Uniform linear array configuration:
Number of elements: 8
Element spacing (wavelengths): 0.5
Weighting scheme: binomial
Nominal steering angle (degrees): -45
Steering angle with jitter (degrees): -44.903
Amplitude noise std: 0.05
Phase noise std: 0.05

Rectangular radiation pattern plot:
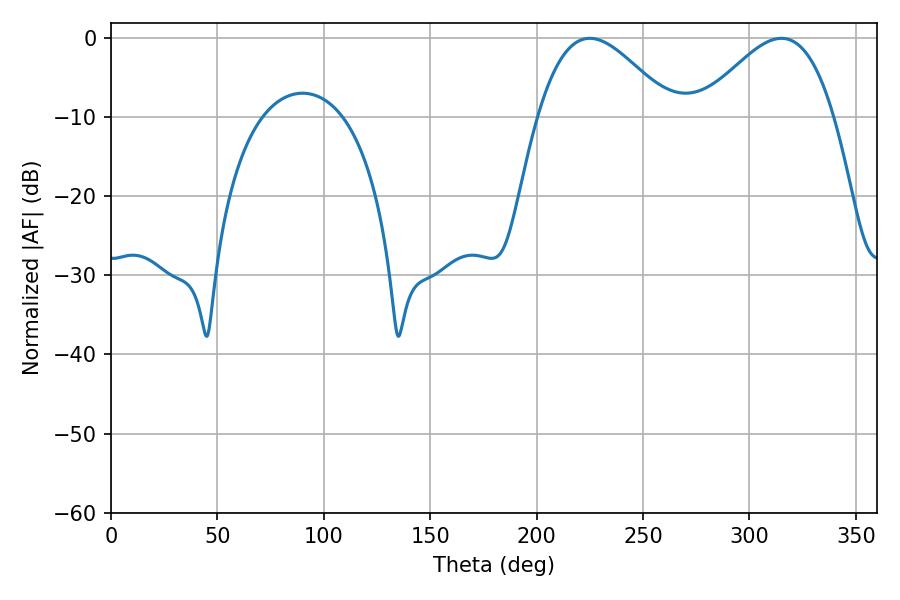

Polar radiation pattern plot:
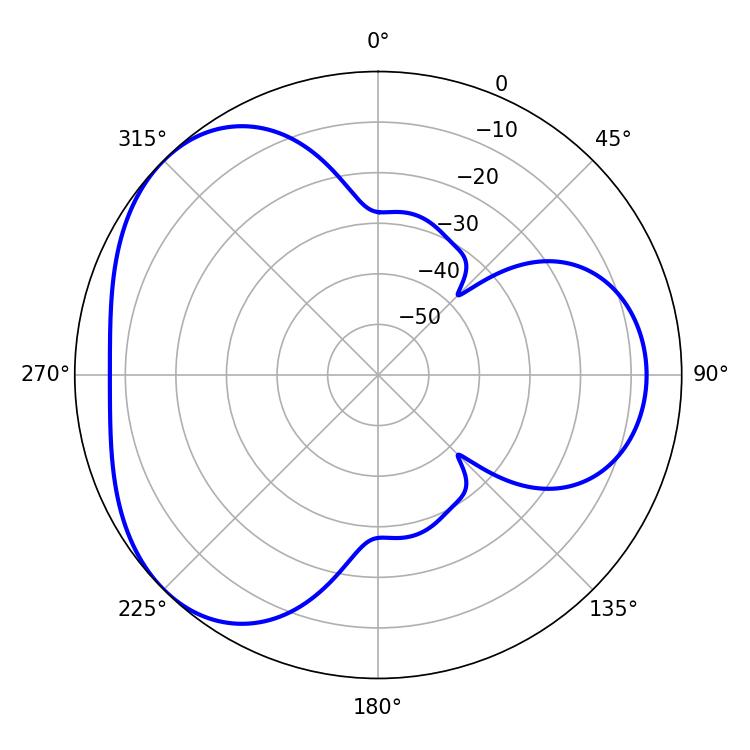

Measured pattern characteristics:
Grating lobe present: FALSE
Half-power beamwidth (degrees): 33.84
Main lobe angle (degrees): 225